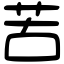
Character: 苦